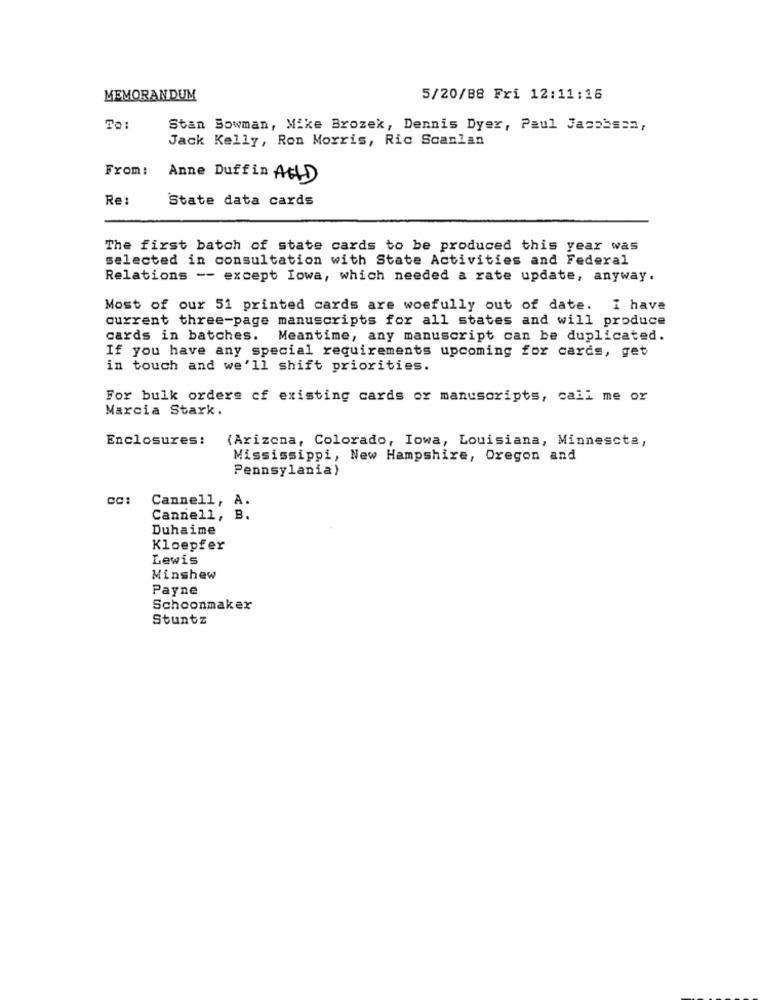
MEMORANDUM
5/20/88 Fri 12:11:16
TO:
Stan Bowman, Mike Brozek, Dennis Dyer, Paul Jacobsen,
Jack Kelly, Ron Morris, Ric Scanlan
From:
Anne Duffin AtLD
Re:
State data cards
The first batch of state cards to be produced this year was
selected in consultation with State Activities and Federal
Relations -- except Iowa, which needed a rate update, anyway.
Most of our 51 printed cards are woefully out of date. I have
current three-page manuscripts for all states and will produce
cards in batches.
Meantime, any manuscript can be duplicated.
If you have any special requirements upcoming for cards, get
in touch and we'll shift priorities.
For bulk orders cf existing cards or manuscripts, call me or
Marcia Stark.
Enclosures:
(Arizona, Colorado, Iowa, Louisiana, Minnesota,
Mississippi, New Hampshire, Oregon and
Pennsylania)
Cannell, A.
Cannell, B.
Duhaime
Kloepfer
Lewis
Minshew
Payne
Schoonmaker
Stuntz